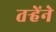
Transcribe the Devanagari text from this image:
तऱ्हेंने